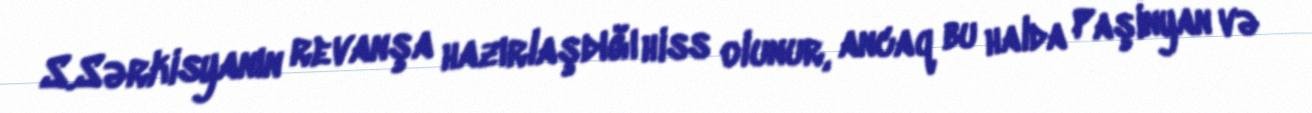
S.Sərkisyanın revanşa hazırlaşdığı hiss olunur, ancaq bu halda Paşinyan və